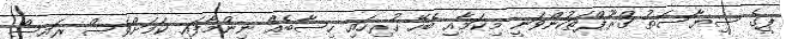
ޕީގެ ސިޔާސަތު ގްރޫޕްތަކުންވަނީ މިކަމާއި ބެހޭ ހުރިހައި ހިސާބެއް ނިންމާފައި ކަމަށްވެސް ރައީސް